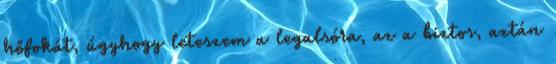
hőfokát, úgyhogy leteszem a legalsóra, az a biztos, aztán